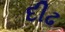
દીઢ